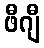
ဖီဂျီ